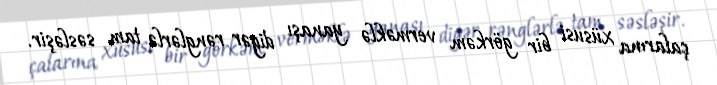
çalarına xüsusi bir görkəm verməklə yanaşı digər rənglərlə tam səsləşir.